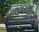
વાલપરાઈનો